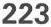
223